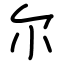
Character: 尔